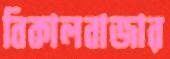
বিকালবাজার